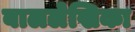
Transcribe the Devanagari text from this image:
बाललेखिका